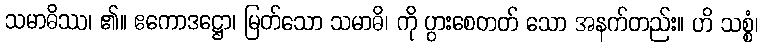
သမာဓိဿ၊ ၏။ ဧကောဒဋ္ဌော၊ မြတ်သော သမာဓိ၊ ကို ပွားစေတတ် သော အနက်တည်း။ ဟိ သစ္စံ၊